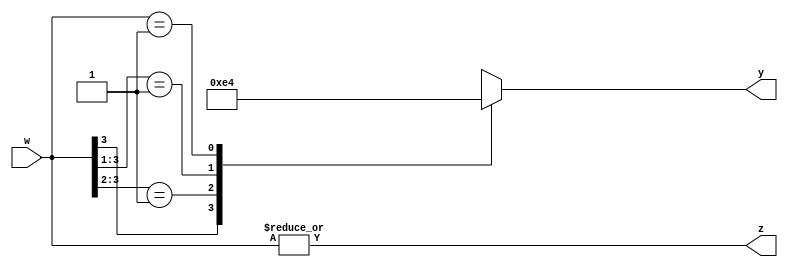
`timescale 1ns / 1ps
//////////////////////////////////////////////////////////////////////////////////
// Company: 
// Engineer: 
// 
// Design Name: 
// Module Name: priority_encoder_4x2
// Project Name: 
// Target Devices: 
// Tool Versions: 
// Description: 
// 
// Dependencies: 
// 
// Revision:
// Revision 0.01 - File Created
// Additional Comments:
// 
//////////////////////////////////////////////////////////////////////////////////


module priority_encoder_4x2(
    input [3:0] w,
    output z,
    output reg [1:0]y
    );
    assign z = |w;
    always @(w)
    begin
        y = 2'bx;
/*        if ( w[3])
            y=2'b11;
        else if (w[2])
            y =2'b10;
        else if (w[1])
            y = 2'b01;
        else if (w[0])
            y = 2'b00;
        else 
            y = 2'bx;*/
            casex(w)
                4'b1xxx: y =2'b11;
                4'b01xx:y =2'b10;
                4'b001x:y =2'b01;
                4'b0001:y =2'b00;
                default: y =2'bxx;
            endcase
    end
endmodule